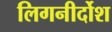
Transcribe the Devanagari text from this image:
लिगनीर्दोश